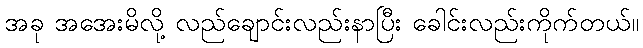
အခု အအေးမိလို့ လည်ချောင်းလည်းနာပြီး ခေါင်းလည်းကိုက်တယ်။